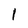
Character: l